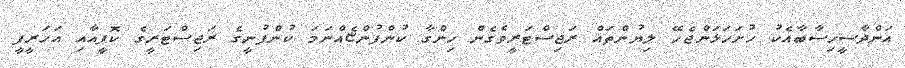
އަންދާސީހިސާބާއެކު ހުށަހަޅަންޖެހޭ ލިޔުންތައް ރަޖިސްޓަރީވެގެން ހިންގާ ކުންފުންޏެއްނަމަ ކުންފުނީގެ ރަޖިސްޓަރީގެ ކޮޕީއާއި އަހަރީފީ